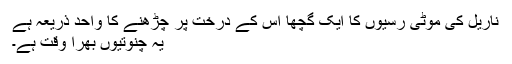
ناریل کی موٹی رسیوں کا ایک گُچھّا اس کے درخت پر چڑھنے کا واحد ذریعہ ہے
یہ چنوتیوں بھرا وقت ہے۔